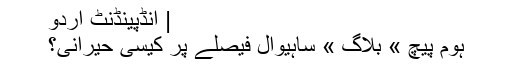
| انڈپینڈنٹ اردو
ہوم پیچ » بلاگ » ساہیوال فیصلے پر کیسی حیرانی؟